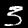
Digit: 3